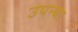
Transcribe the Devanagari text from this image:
उपन्या